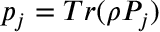
p _ { j } = T r ( \rho P _ { j } )